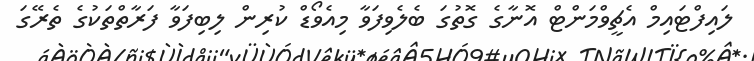
ލައިފްޓައިމް އެޗީވްމަންޓް އޮނާގެ ގޮތުގަ ބެލެވިފަވާ މިއެވޯޑް ކުރިން ލިބިފަވާ ފަރާތްތަކުގެ ތެރޭގަ